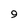
Character: 9